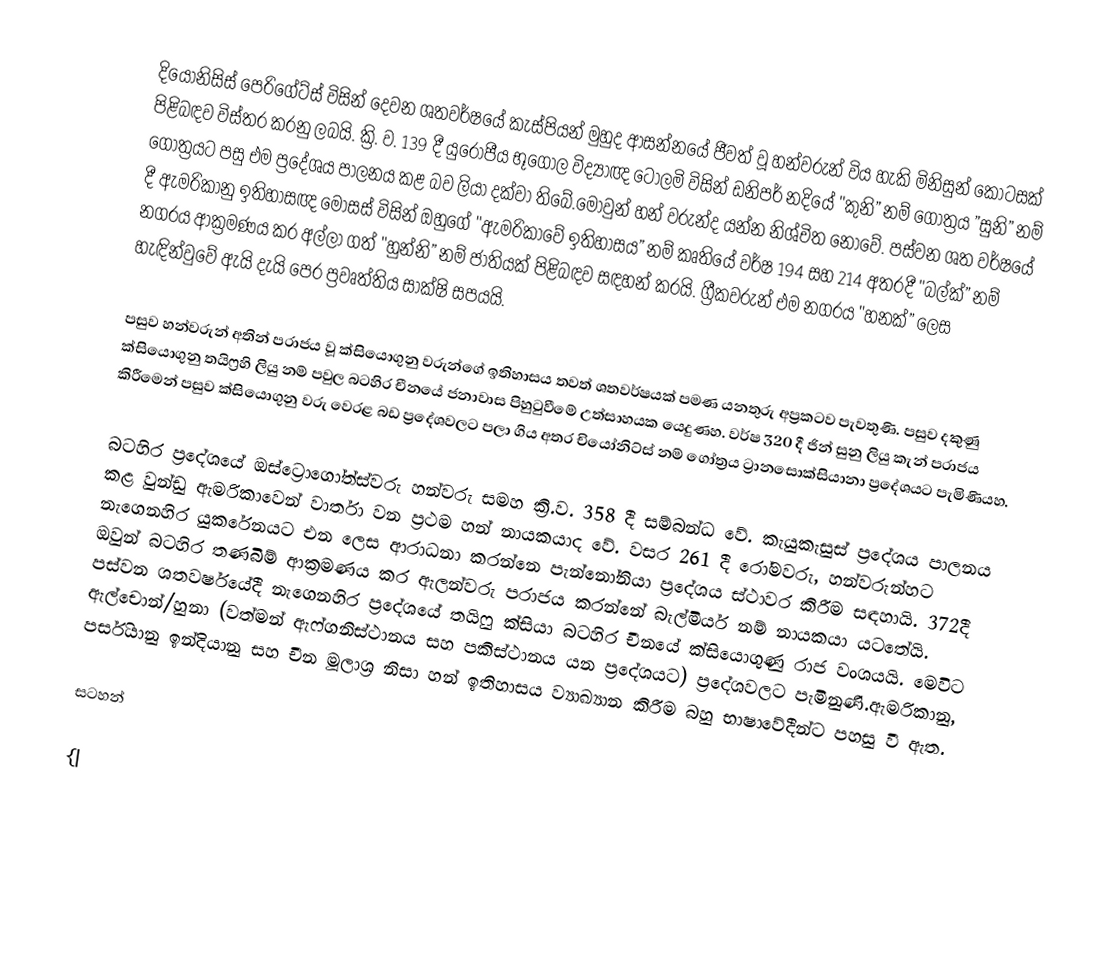
දියෝනිසිස් පෙරිගේට්ස් විසින් දෙවන ශතවර්ෂයේ කැස්පියන් මුහුද ආසන්නයේ ජීවත් වූ හන්වරුන් විය හැකි මිනිසුන් කොටසක් පිළිබඳව විස්තර කරනු ලබයි. ක්‍රි. ව. 139 දී යුරෝපීය භූගෝල විද්‍යාඥ ටොලමි විසින් ඩනිපර් නදියේ "කුනි” නම් ගෝත්‍රය ”සුනි” නම් ගෝත්‍රයට පසු එම ප්‍රදේශය පාලනය කළ බව ලියා දක්වා තිබේ.මොවුන් හන් වරුන්ද යන්න නිශ්චිත නොවේ. පස්වන ශත වර්ෂයේ දී ඇමරිකානු ඉතිහාසඥ මෝසස් විසින් ඔහුගේ "ඇමරිකාවේ ඉතිහාසය” නම් කෘතියේ වර්ෂ 194 සහ 214 අතරදී "බල්ක්” නම් නගරය ආක්‍රමණය කර අල්ලා ගත් "හුන්නි” නම් ජාතියක් පිළිබඳව සඳහන් කරයි. ග්‍රීකවරුන් එම නගරය "හනක්” ලෙස හැඳින්වුවේ ඇයි දැයි පෙර ප්‍රවෘත්තිය සාක්ෂි සපයයි.

පසුව හන්වරුන් අතින් පරාජය වූ ක්සියොගුනු වරුන්ගේ ඉතිහාසය තවත් ශතවර්ෂයක් පමණ යනතුරු අප්‍රකටව පැවතුණි. පසුව දකුණු ක්සියොගුනු තයිෆ්‍රහි ලියු නම් පවුල බටහිර චීනයේ ජනාවාස පිහුටුවීමේ උත්සාහයක යෙදුණහ. වර්ෂ 320 දී ජින් සුනු ලියු කැන් පරාජය කිරීමෙන් පසුව ක්සියොගුනු වරු වෙරළ බඩ ප්‍රදේශවලට පලා ගිය අතර චියෝනිට්ස් නම් ගෝත්‍රය ට්‍රානසොක්සියානා ප්‍රදේශයට පැමිණියහ.

බටහිර ප්‍රදේශයේ ඔස්ට්‍රොගෝත්ස්වරු හන්වරු සමහ ක්‍රි.ව. 358 දී සම්බන්ධ වේ. කැයුකැසුස් ප්‍රදේශය පාලනය කළ වුන්ඩු ඇමරිකාවෙන් වාර්තා වන ප්‍රථම හන් නායකයාද වේ. වසර 261 දී රෝමවරු, හන්වරුන්හට නැගෙනහිර යුකරේනයට එන ලෙස ආරාධනා කරන්නෙ පැන්නෝනියා ප්‍රදේශය ස්ථාවර කිරීම සඳහායි. 372දී ඔවුන් බටහිර තණබිම් ආක්‍රමණය කර ඇලන්වරු පරාජය කරන්නේ බැල්මියර් නම් නායකයා යටතේයි. පස්වන ශතවර්ෂයේදී නැගෙනහිර ප්‍රදේශයේ තයිෆු ක්සියා බටහිර චීනයේ ක්සියොගුණු රාජ වංශයයි. මෙවිට ඇල්චොන්/හුනා (වත්මන් ඇෆ්ගනිස්ථානය සහ පකිස්ථානය යන ප්‍රදේශයට) ප්‍රදේශවලට පැමිනුණි.ඇමරිකානු, පර්සියානු ඉන්දියානු සහ චීන මූලාශ්‍ර නිසා හන් ඉතිහාසය ව්‍යාඛ්‍යාන කිරීම බහු භාෂාවේදීන්ට පහසු වී ඇත.

සටහන්

{|